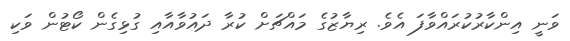
ވަނީ އިންކާރުކުރައްވާފަ އެވެ. ރިޔާޒުގެ މައްޗަށް ކުރާ ދައުވާއާއި ގުޅިގެން ކޯޓުން ވަކި